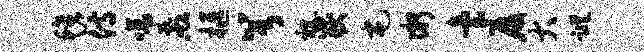
毡侍啼煎柩兮视岳屯微台厦大踪